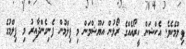
ފިލްމެކެވެ. އެކްޝަން ހީރޯއެއްގެ ރޯލުން އަޔޫޝްމަން މި ފިލްމުން ފެނިގެންދާއިރު މި ފިލްމުގެ